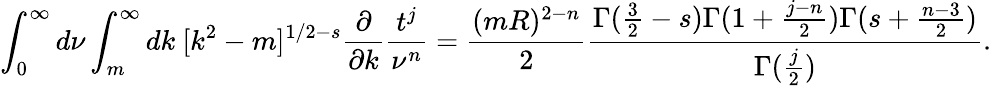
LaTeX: \int_{0}^{\infty}d\nu\int_{m}^{\infty}dk\ [k^{2}-m]^{1/2-s}\frac{\partial}{\partial k}\frac{t^{j}}{\nu^{n}}=\frac{(mR)^{2-n}}2\frac{\Gamma(\frac 32-s)\Gamma(1+\frac{j-n}2)\Gamma(s+\frac{n-3}2)}{\Gamma(\frac j2)}.